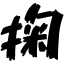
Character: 掬